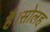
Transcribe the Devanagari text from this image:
है।सोलह